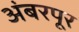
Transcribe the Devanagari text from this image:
अंबरपूर